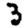
Digit: 3